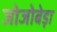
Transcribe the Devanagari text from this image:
जोजोबेड़ा